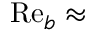
\mathrm { R e } _ { b } \approx